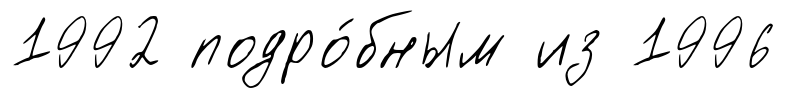
1992 подро́бным из 1996